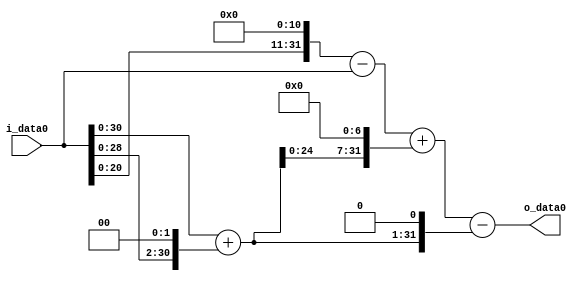
module multiplier_block_27 (
    i_data0,
    o_data0
);
  input   [31:0] i_data0;
  output  [31:0]
    o_data0;
  wire [31:0]
    w1,
    w4,
    w5,
    w2048,
    w2047,
    w640,
    w2687,
    w10,
    w2677;
  assign w1 = i_data0;
  assign w10 = w5 << 1;
  assign w2047 = w2048 - w1;
  assign w2048 = w1 << 11;
  assign w2677 = w2687 - w10;
  assign w2687 = w2047 + w640;
  assign w4 = w1 << 2;
  assign w5 = w1 + w4;
  assign w640 = w5 << 7;
  assign o_data0 = w2677;
endmodule